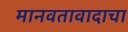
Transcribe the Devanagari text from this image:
मानवतावादाचा